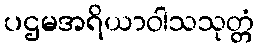
ပဌမအရိယာဝါသသုတ္တံ